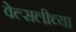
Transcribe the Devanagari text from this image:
वेल्सलीच्या